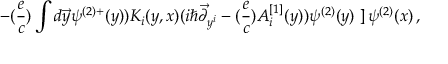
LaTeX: - ( { \frac { e } { c } } ) \int d \vec { y } \psi ^ { ( 2 ) + } ( y ) ) K _ { i } ( y , x ) ( i \hbar \vec { \partial } _ { y ^ { i } } - ( { \frac { e } { c } } ) A _ { i } ^ { [ 1 ] } ( y ) ) \psi ^ { ( 2 ) } ( y ) \left. \right] \psi ^ { ( 2 ) } ( x ) \, ,